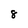
Character: 8